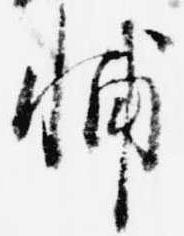
輔